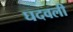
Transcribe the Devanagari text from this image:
घदवली